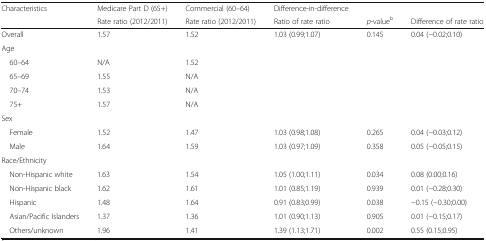
<table><thead><tr><td rowspan="2"><b>Characteristics</b></td><td><b>Medicare Part D (65+)</b></td><td><b>Commercial (60–64)</b></td><td><b>Difference-in-difference</b></td><td></td><td></td></tr><tr><td><b>Rate ratio (2012/2011)</b></td><td><b>Rate ratio (2012/2011)</b></td><td><b>Ratio of rate ratio</b></td><td><b><i>p</i>-value<sup>b</sup></b></td><td><b>Difference of rate ratio</b></td></tr></thead><tbody><tr><td>Overall</td><td>1.57</td><td>1.52</td><td>1.03 (0.99;1.07)</td><td>0.145</td><td>0.04 (−0.02;0.10)</td></tr><tr><td colspan="6">Age</td></tr><tr><td> 60–64</td><td>N/A</td><td>1.52</td><td></td><td></td><td></td></tr><tr><td> 65–69</td><td>1.55</td><td>N/A</td><td></td><td></td><td></td></tr><tr><td> 70–74</td><td>1.53</td><td>N/A</td><td></td><td></td><td></td></tr><tr><td> 75+</td><td>1.57</td><td>N/A</td><td></td><td></td><td></td></tr><tr><td colspan="6">Sex</td></tr><tr><td> Female</td><td>1.52</td><td>1.47</td><td>1.03 (0.98;1.08)</td><td>0.265</td><td>0.04 (−0.03;0.12)</td></tr><tr><td> Male</td><td>1.64</td><td>1.59</td><td>1.03 (0.97;1.09)</td><td>0.358</td><td>0.05 (−0.05;0.15)</td></tr><tr><td colspan="6">Race/Ethnicity</td></tr><tr><td> Non-Hispanic white</td><td>1.63</td><td>1.54</td><td>1.05 (1.00;1.11)</td><td>0.034</td><td>0.08 (0.00;0.16)</td></tr><tr><td> Non-Hispanic black</td><td>1.62</td><td>1.61</td><td>1.01 (0.85;1.19)</td><td>0.939</td><td>0.01 (−0.28;0.30)</td></tr><tr><td> Hispanic</td><td>1.48</td><td>1.64</td><td>0.91 (0.83;0.99)</td><td>0.038</td><td>−0.15 (−0.30;0.00)</td></tr><tr><td> Asian/Pacific Islanders</td><td>1.37</td><td>1.36</td><td>1.01 (0.90;1.13)</td><td>0.905</td><td>0.01 (−0.15;0.17)</td></tr><tr><td> Others/unknown</td><td>1.96</td><td>1.41</td><td>1.39 (1.13;1.71)</td><td>0.002</td><td>0.55 (0.15;0.95)</td></tr></tbody></table>